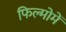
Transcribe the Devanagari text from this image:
फिल्मोमें